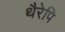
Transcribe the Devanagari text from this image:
थैरेपि